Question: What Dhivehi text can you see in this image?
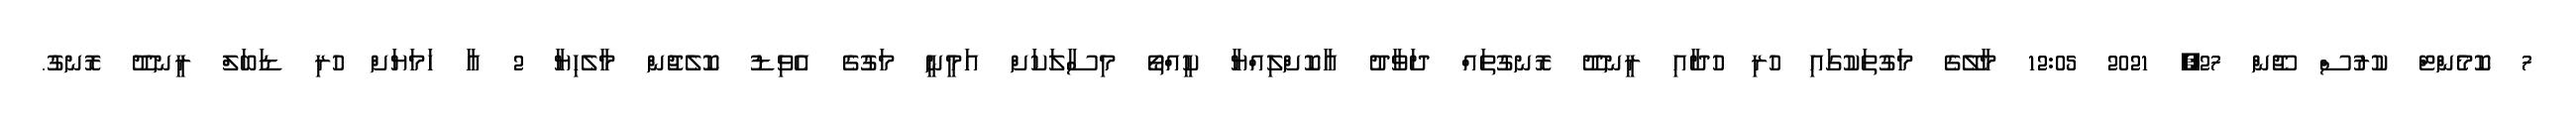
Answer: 7 ކޮމެންޓް ކުރުސް ޖޫން 27, 2021 12:05 މާލޭގެ މަގުތަކުގައި ހުރި ހުދާއި ރީނދޫ ރޮނގުތައް ދަވާދު އާކޮށްލިއްޔާ ކީއްތޯ މިސާލަކަށް އަމީނީ މަގުގެ އެވިޑު ކޮލެޖުން މާލެހިޔާ 2 އާ ހަމަޔަށް ހުރި ޑަބަލް ރީނދޫ ރޮނގު.